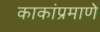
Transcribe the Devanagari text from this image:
काकांप्रमाणे